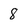
Character: 8